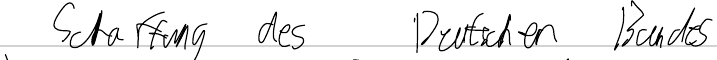
Schaffung des Deutschen Bundes